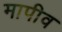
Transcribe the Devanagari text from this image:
मापीव